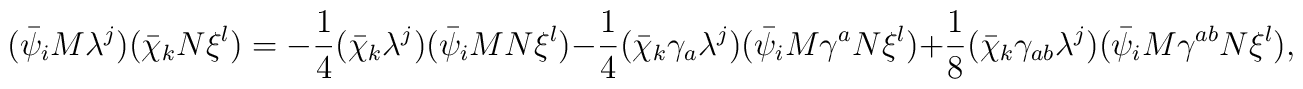
(\bar{\psi}_iM\lambda^j)(\bar{\chi}_kN\xi^l)=-\frac{1}{4}(\bar{\chi}_k\lambda^j)(\bar{\psi}_iMN\xi^l)-\frac{1}{4}(\bar{\chi}_k\gamma_a\lambda^j)(\bar{\psi}_iM\gamma^aN\xi^l)+\frac{1}{8}(\bar{\chi}_k\gamma_{ab}\lambda^j)(\bar{\psi}_iM\gamma^{ab}N\xi^l),